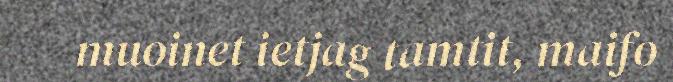
muoinet ietjag tamtit, maifo